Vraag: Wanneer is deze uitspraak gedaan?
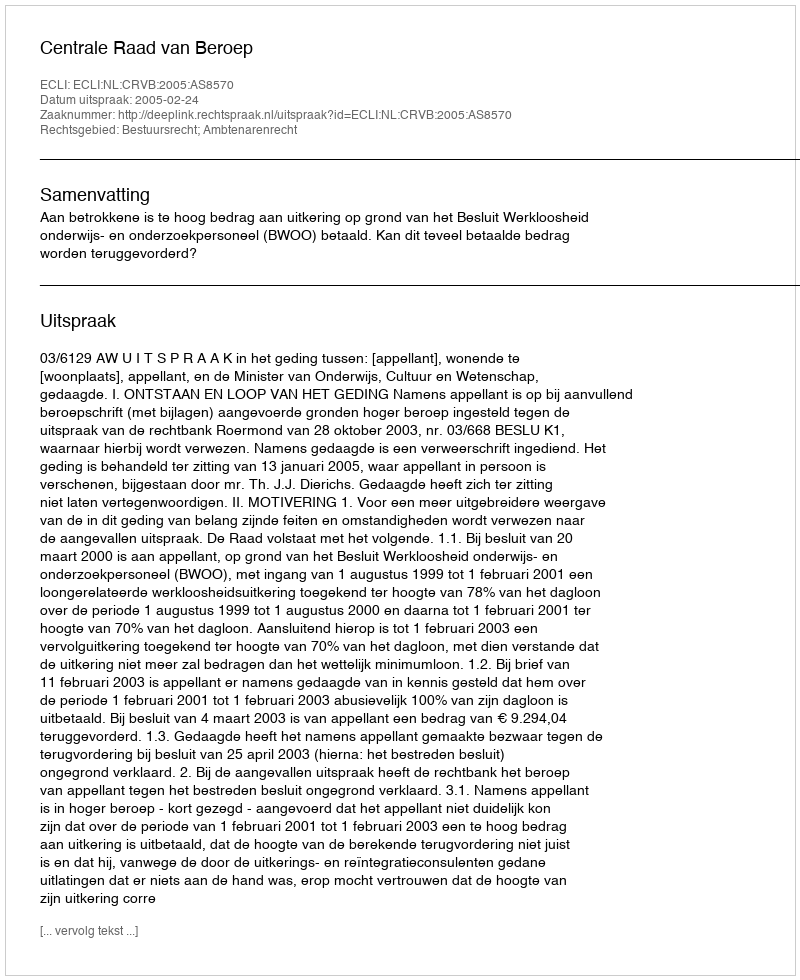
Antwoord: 2005-02-24